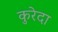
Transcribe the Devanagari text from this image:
कुरेदा